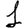
Digit: 1